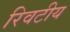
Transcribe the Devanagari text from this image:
रिवटीय